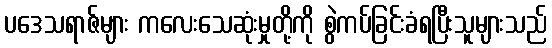
ပဒေသရာဇ်များ ကလေးသေဆုံးမှုတို့ကို စွဲကပ်ခြင်းခံရပြီးသူများသည်